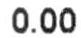
0.00